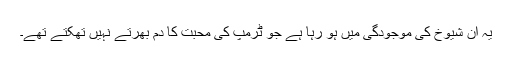
یہ ان شیوخ کی موجودگی میں ہو رہا ہے جو ٹرمپ کی محبت کا دم بھرتے نہیں تھکتے تھے۔